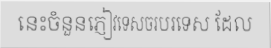
នេះចំនួនភ្ញៀវទេសចរបរទេស ដែល